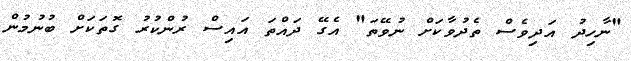
"ނާހިދު އަދިވެސް ތެދުވާކަށް ނުވޭތަ" އެގޭ ދައްތަ އައިސް ރުންކުރު ގޮތަކަށް ބުނުމުން